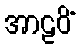
အာဠဝိံ